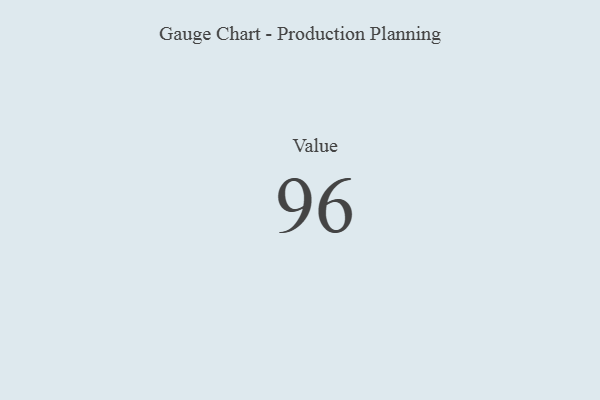
{"axis": {"x": "Metric", "y": "Value"}, "legend": [""], "data": [{"x": "Value", "y": 96, "type": ""}]}